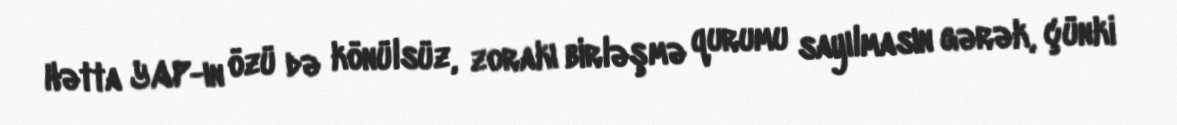
Hətta YAP-ın özü də könülsüz, zorakı birləşmə qurumu sayılmasın gərək, çünki